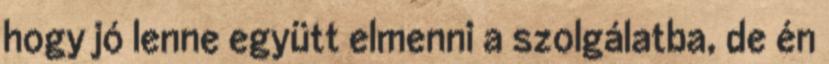
hogy jó lenne együtt elmenni a szolgálatba, de én